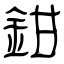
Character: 鉗